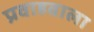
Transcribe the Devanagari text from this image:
प्रवाहवाला